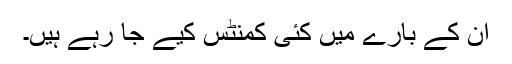
ان کے بارے میں کئی کمنٹس کیے جا رہے ہیں۔